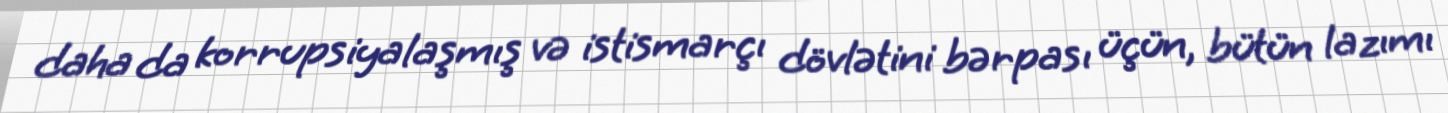
daha da korrupsiyalaşmış və istismarçı dövlətini bərpası üçün, bütün lazımı